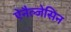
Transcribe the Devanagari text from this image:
ऐनैल्जेसिन